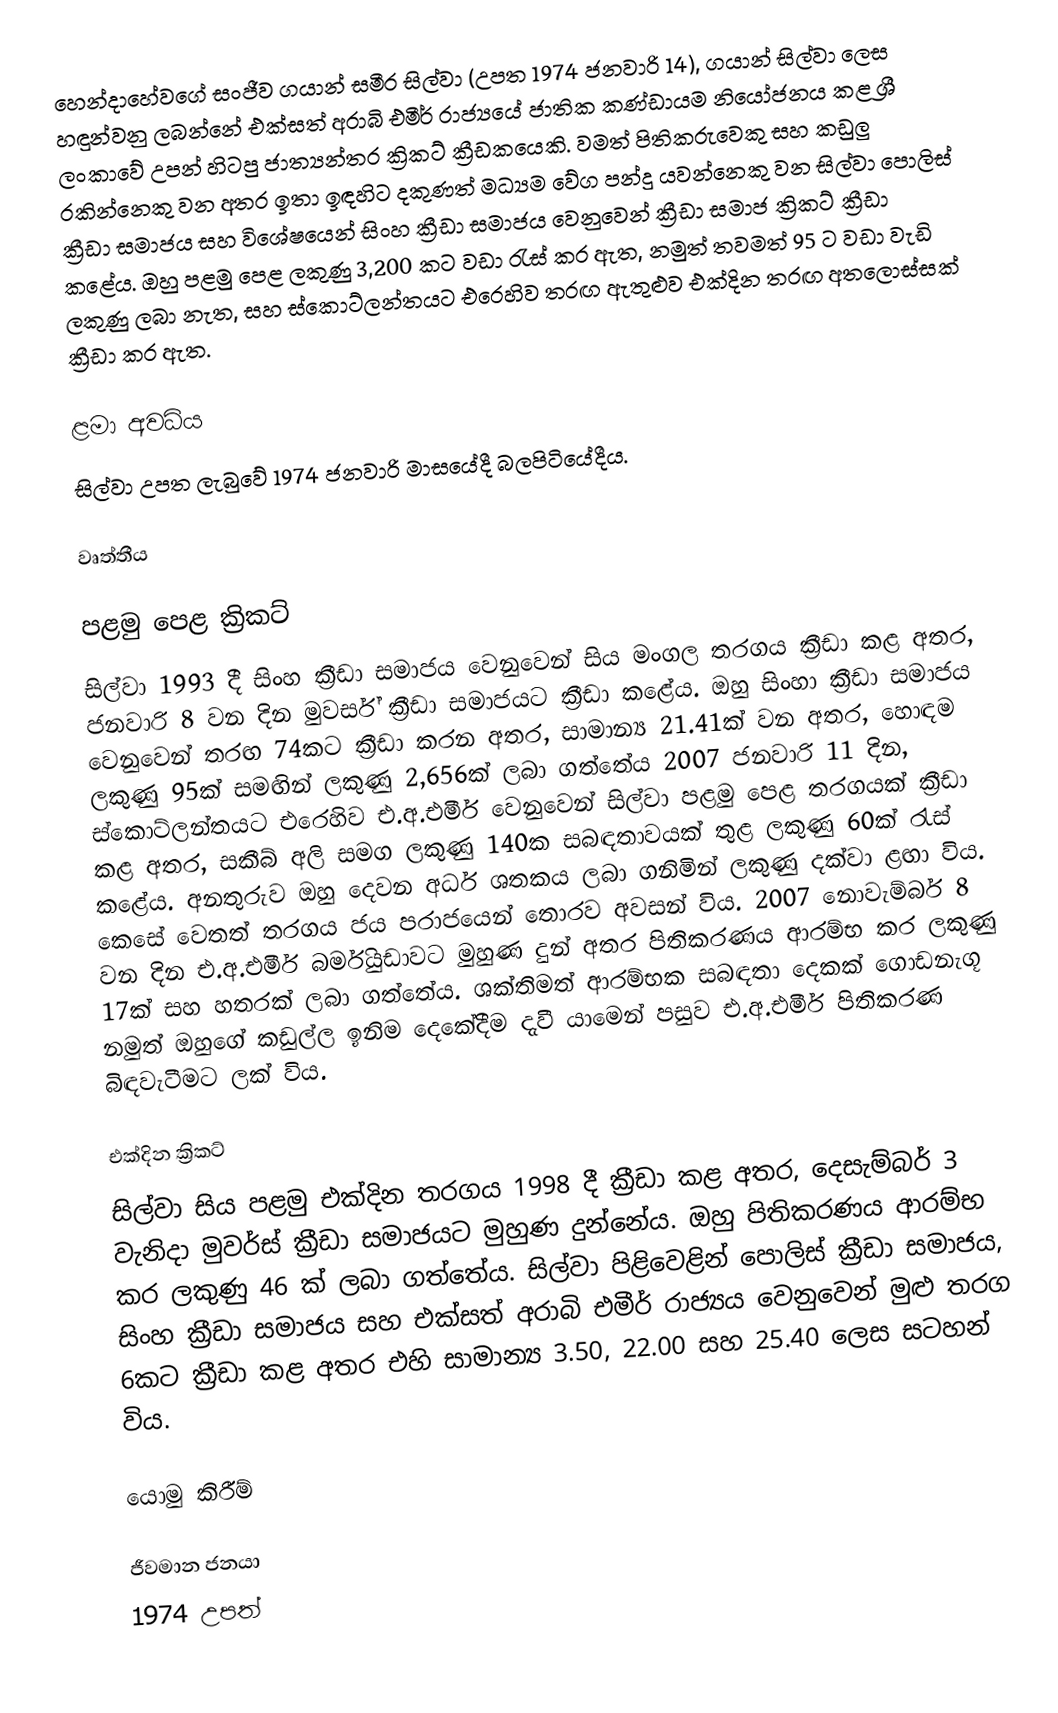
හෙන්දාහේවගේ සංජීව ගයාන් සමීර සිල්වා (උපත 1974 ජනවාරි 14), ගයාන් සිල්වා ලෙස හඳුන්වනු ලබන්නේ එක්සත් අරාබි එමීර් රාජ්‍යයේ ජාතික කණ්ඩායම නියෝජනය කළ ශ්‍රී ලංකාවේ උපන් හිටපු ජාත්‍යන්තර ක්‍රිකට් ක්‍රීඩකයෙකි. වමත් පිතිකරුවෙකු සහ කඩුලු රකින්නෙකු වන අතර ඉතා ඉඳහිට දකුණත් මධ්‍යම වේග පන්දු යවන්නෙකු වන සිල්වා පොලිස් ක්‍රීඩා සමාජය සහ විශේෂයෙන් සිංහ ක්‍රීඩා සමාජය වෙනුවෙන් ක්‍රීඩා සමාජ ක්‍රිකට් ක්‍රීඩා කළේය. ඔහු පළමු පෙළ ලකුණු 3,200 කට වඩා රැස් කර ඇත, නමුත් තවමත් 95 ට වඩා වැඩි ලකුණු ලබා නැත, සහ ස්කොට්ලන්තයට එරෙහිව තරඟ ඇතුළුව එක්දින තරඟ අතලොස්සක් ක්‍රීඩා කර ඇත.

ළමා අවධිය
සිල්වා උපත ලැබුවේ 1974 ජනවාරි මාසයේදී බලපිටියේදීය.

වෘත්තීය

පළමු පෙළ ක්‍රිකට්
සිල්වා 1993 දී සිංහ ක්‍රීඩා සමාජය වෙනුවෙන් සිය මංගල තරගය ක්‍රීඩා කළ අතර, ජනවාරි 8 වන දින මුවර්ස් ක්‍රීඩා සමාජයට ක්‍රීඩා කළේය. ඔහු සිංහා ක්‍රීඩා සමාජය වෙනුවෙන් තරඟ 74කට ක්‍රීඩා කරන අතර, සාමාන්‍ය 21.41ක් වන අතර, හොඳම ලකුණු 95ක් සමඟින් ලකුණු 2,656ක් ලබා ගත්තේය  2007 ජනවාරි 11 දින, ස්කොට්ලන්තයට එරෙහිව එ.අ.එමීර් වෙනුවෙන් සිල්වා පළමු පෙළ තරගයක් ක්‍රීඩා කළ අතර, සකීබ් අලි සමග ලකුණු 140ක සබඳතාවයක් තුළ ලකුණු 60ක් රැස් කළේය. අනතුරුව ඔහු දෙවන අර්ධ ශතකය ලබා ගනිමින් ලකුණු  දක්වා ළඟා විය. කෙසේ වෙතත් තරගය ජය පරාජයෙන් තොරව අවසන් විය.  2007 නොවැම්බර් 8 වන දින එ.අ.එමීර් බර්මියුඩාවට මුහුණ දුන් අතර පිතිකරණය ආරම්භ කර ලකුණු 17ක් සහ හතරක් ලබා ගත්තේය.  ශක්තිමත් ආරම්භක සබඳතා දෙකක් ගොඩනැගූ නමුත් ඔහුගේ කඩුල්ල ඉනිම දෙකේදීම දැවී යාමෙන් පසුව එ.අ.එමීර් පිතිකරණ බිඳවැටීමට ලක් විය.

එක්දින ක්‍රිකට්
සිල්වා සිය පළමු එක්දින තරගය 1998 දී ක්‍රීඩා කළ අතර, දෙසැම්බර් 3 වැනිදා මුවර්ස් ක්‍රීඩා සමාජයට මුහුණ දුන්නේය. ඔහු පිතිකරණය ආරම්භ කර ලකුණු 46 ක් ලබා ගත්තේය. සිල්වා පිළිවෙළින් පොලිස් ක්‍රීඩා සමාජය, සිංහ ක්‍රීඩා සමාජය සහ එක්සත් අරාබි එමීර් රාජ්‍යය වෙනුවෙන් මුළු තරග 6කට ක්‍රීඩා කළ අතර එහි සාමාන්‍ය 3.50, 22.00 සහ 25.40 ලෙස සටහන් විය.

යොමු කිරීම්

ජීවමාන ජනයා
1974 උපත්